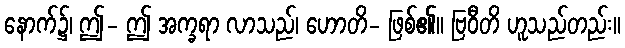
နောက်၌၊ ဤ- ဤ အက္ခရာ လာသည်၊ ဟောတိ- ဖြစ်၏။ ဗြဝီတိ ဟူသည်တည်း။